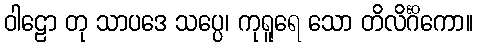
ဝါဠော တု သာပဒေ သပ္ပေ၊ ကုရူရေ သော တိလိင်္ဂိကော။